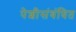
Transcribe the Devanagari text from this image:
पेशीसंबंधित